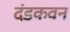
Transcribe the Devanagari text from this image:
दंडकवन